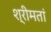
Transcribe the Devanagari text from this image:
श्रीमतां